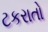
ટકરાતો